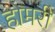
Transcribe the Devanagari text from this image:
होमरी